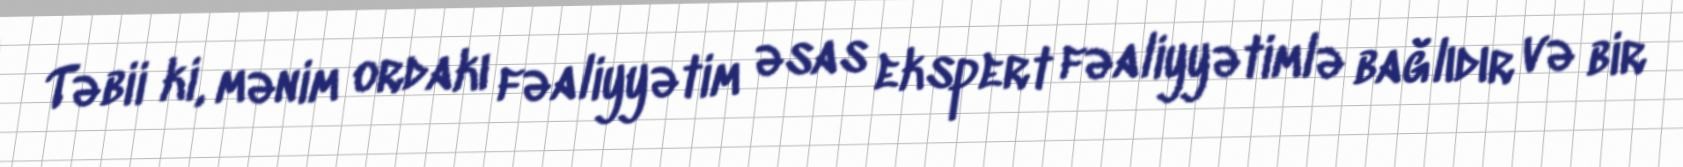
Təbii ki, mənim ordakı fəaliyyətim əsas ekspert fəaliyyətimlə bağlıdır və bir